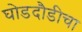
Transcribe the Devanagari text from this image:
घोडदौडीचा